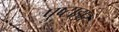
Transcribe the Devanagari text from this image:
पुष्टाहार